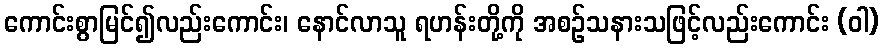
ကောင်းစွာမြင်၍လည်းကောင်း၊ နောင်လာသူ ရဟန်းတို့ကို အစဉ်သနားသဖြင့်လည်းကောင်း (ဝါ)